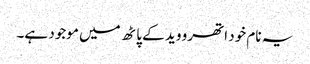
یہ نام خود اتھرو وید کے پاٹھ میں موجود ہے۔